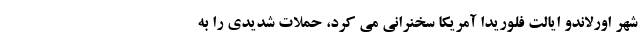
شهر اورلاندو ایالت فلوریدا آمریکا سخنرانی می کرد، حملات شدیدی را به